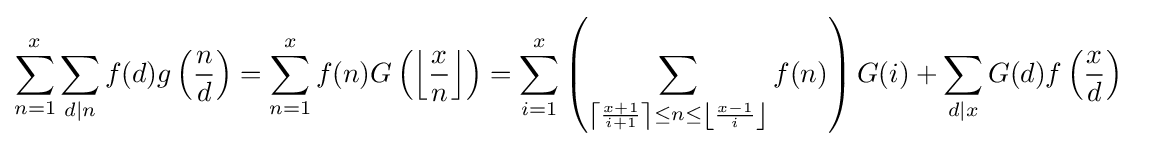
{\begin{aligned}\sum _{n=1}^{x}\sum _{d\mid n}f(d)g\left({\frac {n}{d}}\right)&=\sum _{n=1}^{x}f(n)G\left(\left\lfloor {\frac {x}{n}}\right\rfloor \right)=\sum _{i=1}^{x}\left(\sum _{\left\lceil {\frac {x+1}{i+1}}\right\rceil \leq n\leq \left\lfloor {\frac {x-1}{i}}\right\rfloor }f(n)\right)G(i)+\sum _{d\mid x}G(d)f\left({\frac {x}{d}}\right)\end{aligned}}